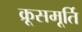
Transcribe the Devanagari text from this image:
क्रूसमूर्ति